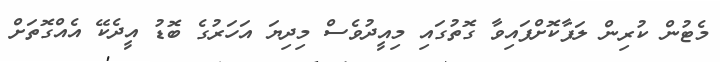
މެޓުން ކުރިން ލަފާކޮށްފައިވާ ގޮތުގައި މިއީދުވެސް މިދިޔަ އަހަރުގެ ބޮޑު އީދެކޭ އެއްގޮތަށް